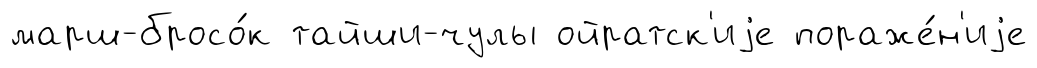
марш-бросо́к тайши-чулы ойратск'иjе пораже́н'иjе